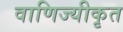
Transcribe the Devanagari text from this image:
वाणिज्यीकृत